Indian journal of veterinary science and animal husbandry - Volume 14,
Year: 1944
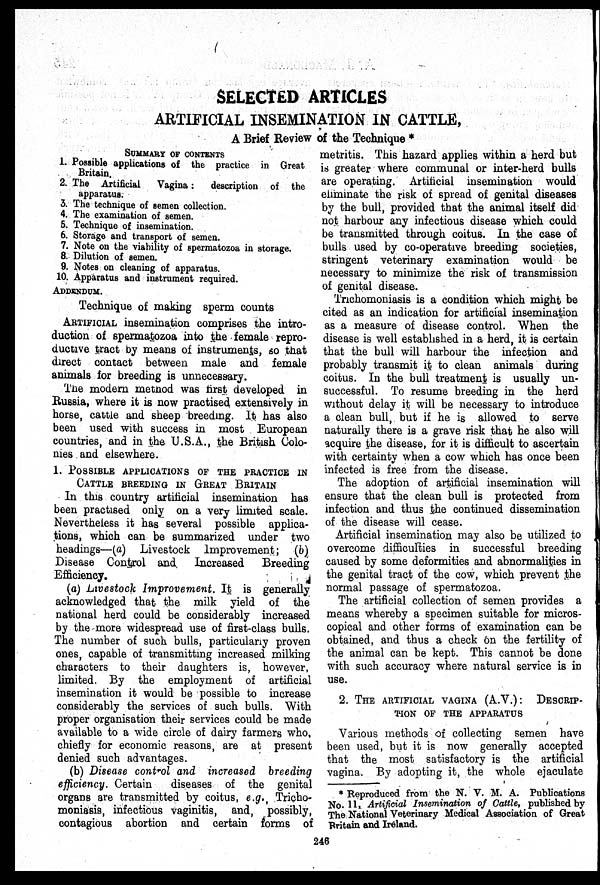
SELECTED ARTICLES
ARTIFICIAL INSEMINATION IN CATTLE,
A Brief Review of the Technique *
SUMMARY OF CONTENTS
1. Possible applications of the practice in Great
Britain.
2. The Artificial
Vagina:
description of the
apparatus.
3. The technique of semen collection.
4. The examination of semen.
5. Technique of insemination.
6. Storage and transport of semen.
7. Note on the viability of spermatozoa in storage.
8. Dilution of semen.
9. Notes on cleaning of apparatus.
10. Apparatus and instrument required.
ADDENDUM.
Technique of making sperm counts
ARTIFICIAL insemination comprises the intro-
duction of spermatozoa into the female repro-
ductive tract by means of instruments, so that
direct contact between male and female
animals for breeding is unnecessary.
The modern method was first developed in
Russia, where it is now practised extensively in
horse, cattle and sheep breeding. It has also
been used with success in most European
countries, and in the U.S.A., the British Colo-
nies and elsewhere.
1.
POSSIBLE APPLICATIONS OF THE PRACTICE IN
CATTLE BREEDING IN GREAT BRITIAN
In this country artificial insemination has
been practised only on a very limited scale.
Nevertheless it has several possible applica-
tions, which can be summarized under two
headings—(a) Livestock Improvement; (b)
Disease Control and
Increased
Breeding
Efficiency.
(a) Livestock Improvement. It is generally
acknowledged that the milk yield of the
national herd could be considerably increased
by the more widespread use of first-class bulls.
The number of such bulls, particularly proven
ones, capable of transmitting increased milking
characters to their daughters is, however,
limited. By the employment of artificial
insemination it would be possible to increase
considerably the services of such bulls. With
proper organisation their services could be made
available to a wide circle of dairy farmers who,
chiefly for economic reasons, are at present
denied such advantages.
(b) Disease control and increased breeding
efficiency. Certain
diseases of the genital
organs are transmitted by coitus, e.g., Tricho-
moniasis, infectious vaginitis, and, possibly,
contagious abortion and certain forms of
metritis. This hazard applies within a herd but
is greater where communal or inter-herd bulls
are operating. Artificial insemination would
eliminate the risk of spread of genital diseases
by the bull, provided that the animal itself did
not harbour any infectious disease which could
be transmitted through coitus. In the case of
bulls used by co-operative breeding societies,
stringent veterinary examination would be
necessary to minimize the risk of transmission
of genital disease.
Trichomoniasis is a condition which might be
cited as an indication for artificial insemination
as a measure of disease control. When the
disease is well established in a herd, it is certain
that the bull will harbour the infection and
probably transmit it to clean animals during
coitus. In the bull treatment is usually un-
successful. To resume breeding in the herd
without delay it will be necessary to introduce
a clean bull, but if he is allowed to serve
naturally there is a grave risk that he also will
acquire the disease, for it is difficult to ascertain
with certainty when a cow which has once been
infected is free from the disease.
The adoption of artificial insemination will
ensure that the clean bull is protected from
infection and thus the continued dissemination
of the disease will cease.
Artificial insemination may also be utilized to
overcome difficulties in successful breeding
caused by some deformities and abnormalities in
the genital tract of the cow, which prevent the
normal passage of spermatozoa.
The artificial collection of semen provides a
means whereby a specimen suitable for micros-
copical and other forms of examination can be
obtained, and thus a check on the fertility of
the animal can be kept. This cannot be done
with such accuracy where natural service is in
use.
2. THE ARTIFICIAL VAGINA (A.V.): DESCRIP-
---- OF THE APPARATUS
Various methods of collecting semen have
been used, but it is now generally accepted
that the most satisfactory is the artificial
vagina. By adopting it, the whole ejaculate
* Reproduced from the N. V. M. A. Publications
No. 11, Artificial Insemination of Cattle, published by
The National Veterinary Medical Association of Great
Britain and Ireland.
246